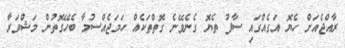
ރާއްޖެއަށް ހެޔޮ އަގެއްގައި ސާފު ތެޔޮ ގެނެވޭނެ ގޮތްތަކެއް ހަމަޖެއްސުމާ ބެހޭގޮތުން މަޝްވަރާ